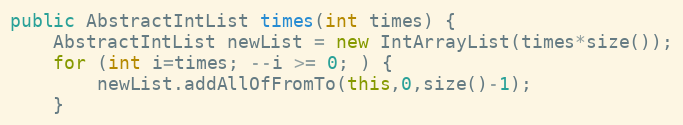
Language: Java
public AbstractIntList times(int times) {
	AbstractIntList newList = new IntArrayList(times*size());
	for (int i=times; --i >= 0; ) {
		newList.addAllOfFromTo(this,0,size()-1);
	}